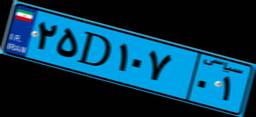
۴۶D۱۱۴۳۶